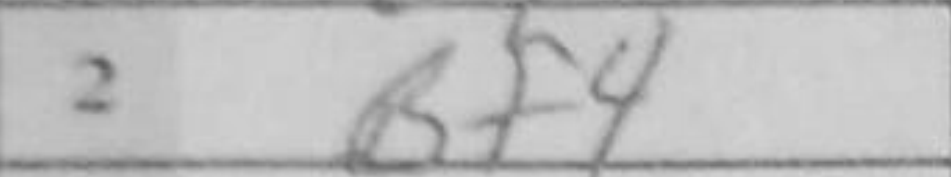
Transcription: Bf4